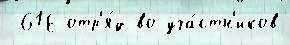
-61Е отр'я́д во уча́стн'иков